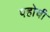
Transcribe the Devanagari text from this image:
पहोची